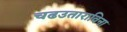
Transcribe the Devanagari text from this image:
चढउताराविना